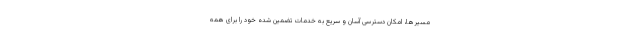
مسیرها، امکان دسترسی آسان و سریع به خدمات تضمین شده خود را برای همه